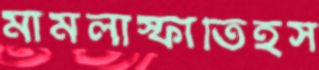
মামলাস্ফীতিহর্স